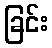
ခြင်း